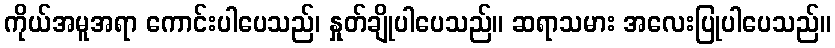
ကိုယ်အမူအရာ ကောင်းပါပေသည်၊ နှုတ်ချိုပါပေသည်။ ဆရာသမား အလေးပြုပါပေသည်။